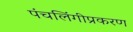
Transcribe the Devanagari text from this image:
पंचलिंगीप्रकरण